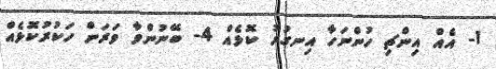
1- އެއް އިންޗި ހުންނަހާ އިނގުރު ކޮޅެއް 4- ބޭނުންވާ ވަރަށް ހަކުރުކޮޅެއް